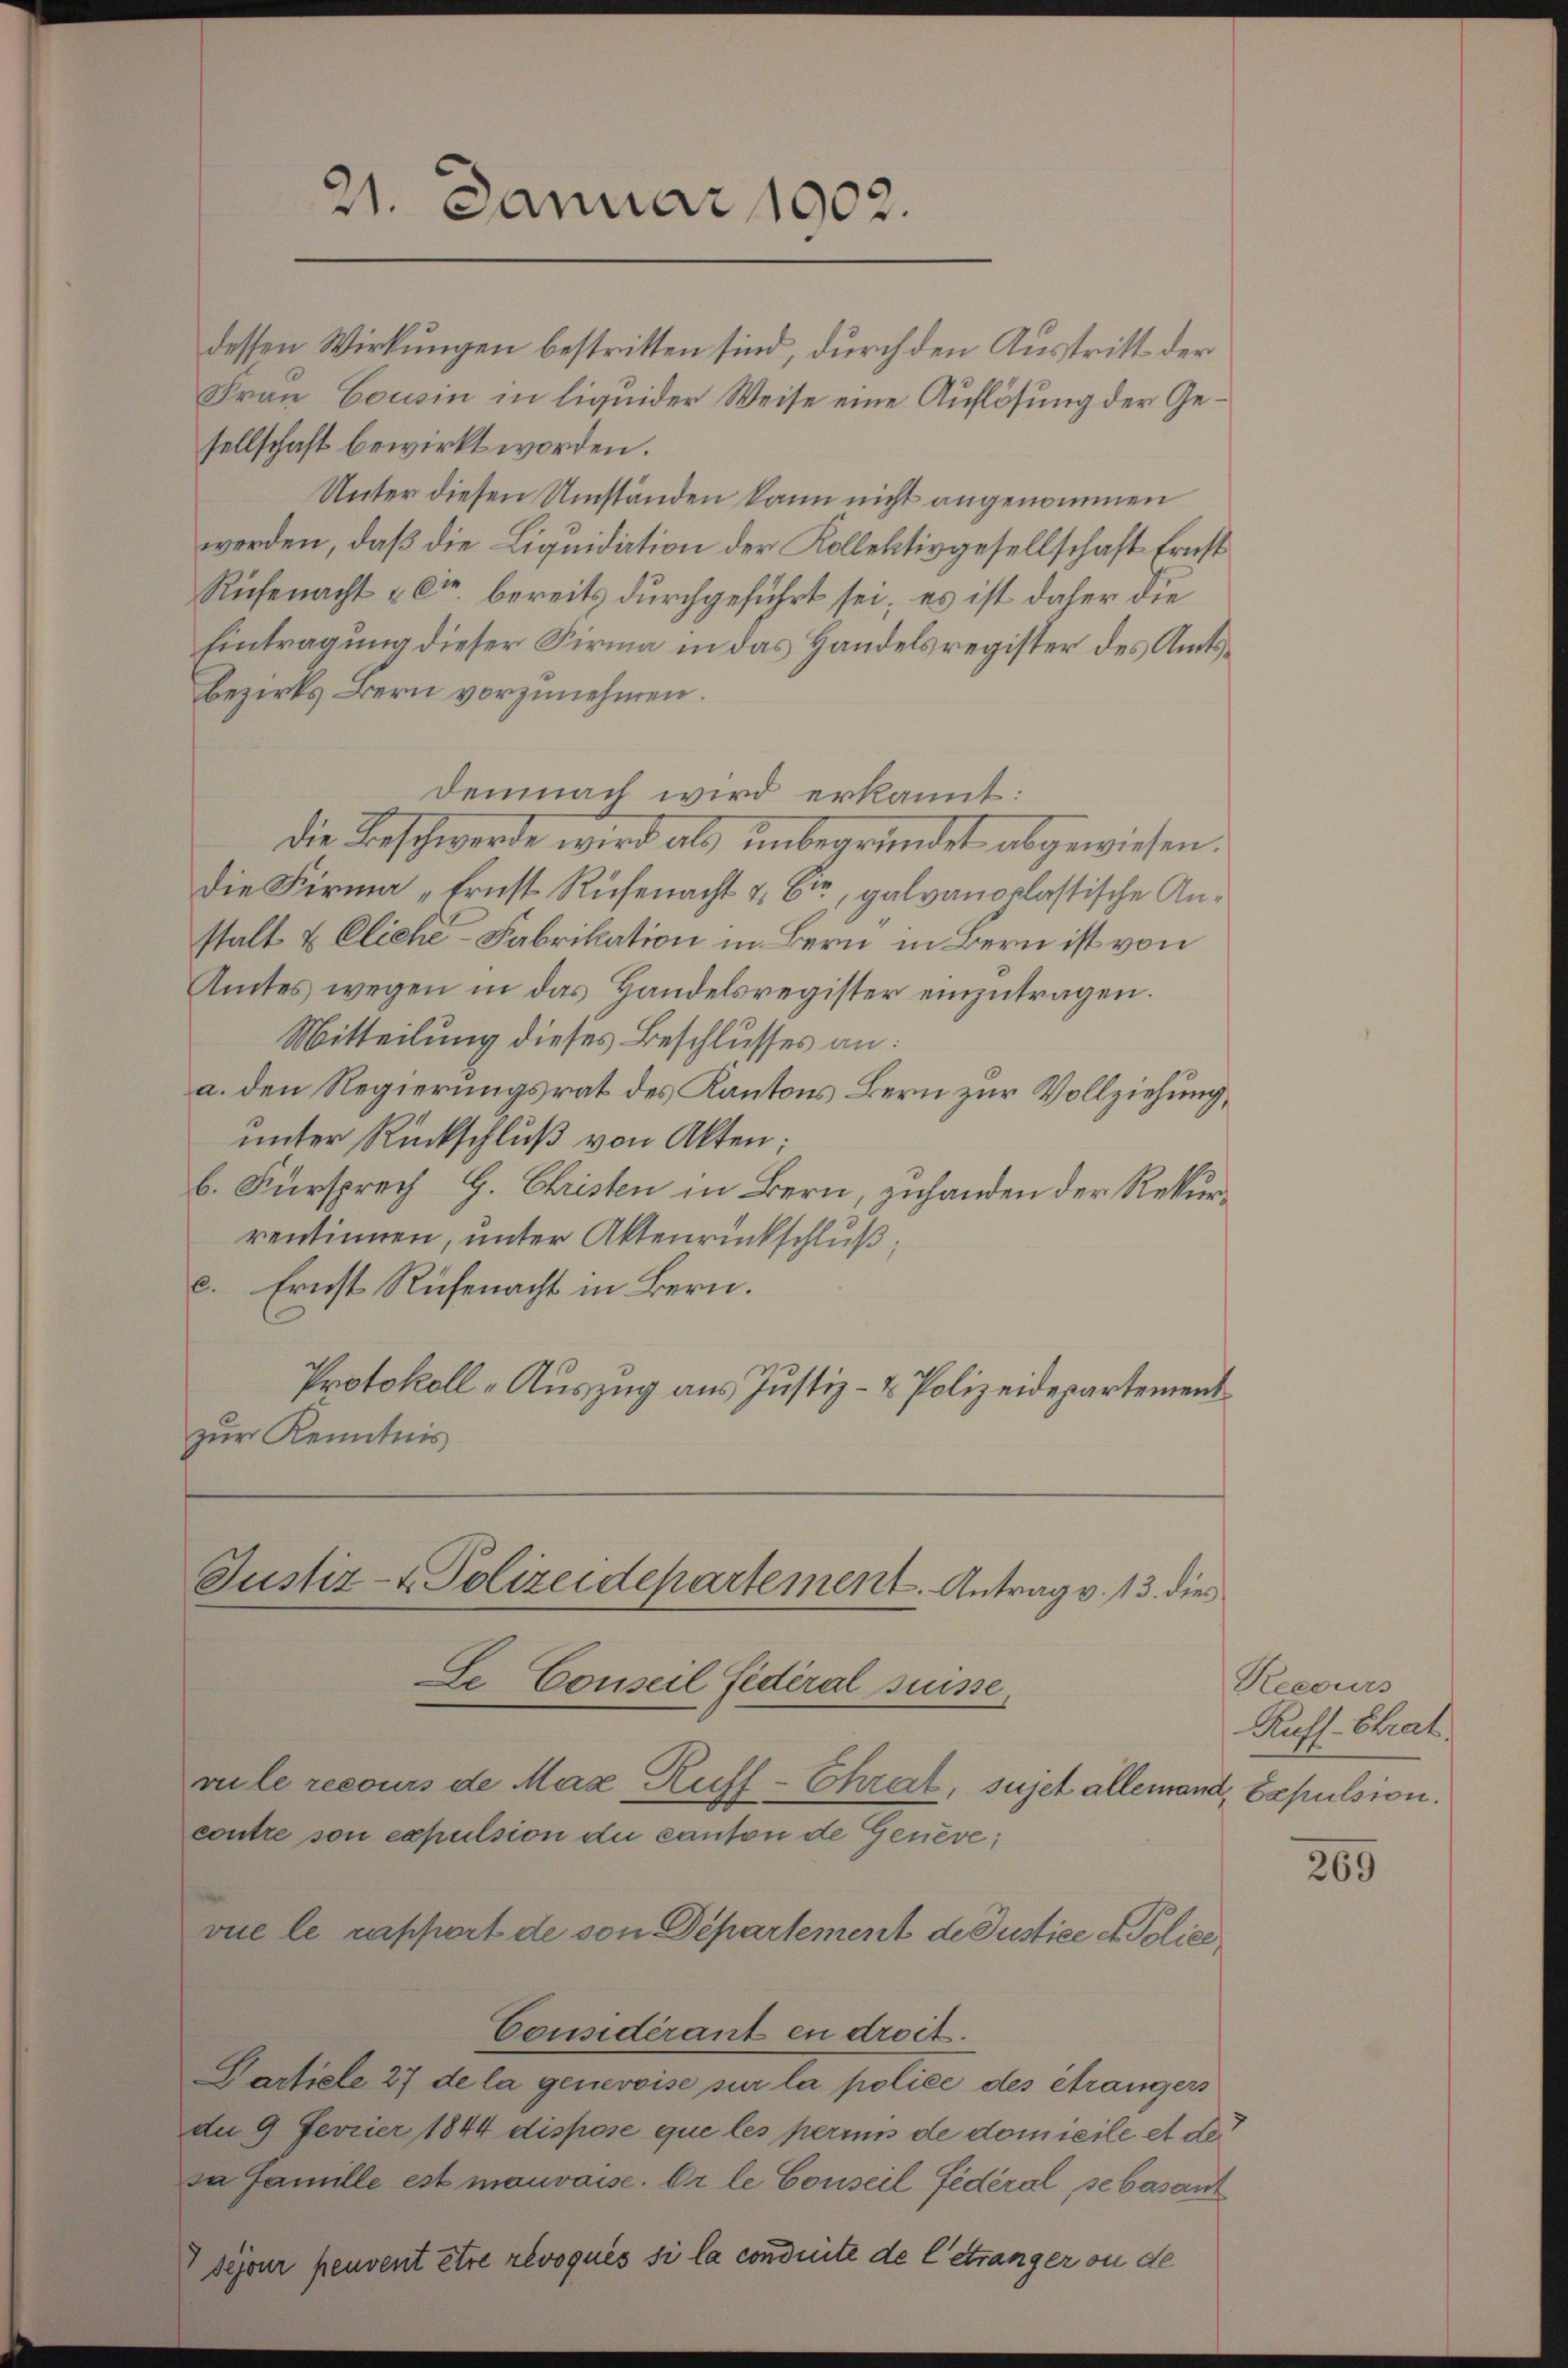
21. Januar 1902.

dessen Wirkungen bestritten sind, durch den Austritt der
Frau Cousin in liquider Weise eine Auflösung der Gesellschaft bewirkt worden.
Unter diesen Umständen kann nicht angenommen
werden, daß die Liquidation der Kollektivgesellschaft Ernst
Rüfenacht & Cie bereits durchgeführt sei; es ist daher die
Eintragung dieser Firma in das Handelsregister des Amtsbezirks Bern vorzunehmen.
demnach wird erkannt:
Die Beschwerde wird als unbegründet abgewiesen.
die Firma „Ernst Rüfenacht & Cie, galvanoplastische Anstalt & Eliche-Fabrikation in Bern in Bern ist von
Amtes wegen in das Handelsregister einzŭtragen.
Mitteilung dieses Beschlusses an:
a. den Regierungsrat des Kantons Bern zur Vollziehung,
unter Rückschluß von Akten:
b. Fürsprech G. Christen in Bern, zuhanden der Rekurrentinnen, unter Aktenrückschluß
c. Ernst Rüfenacht in Bern.
Protokoll-Auszug aus Justiz- & Polizeidepartement
zur Kenntnis
Justiz- & Polizeidepartement. Antrag v. 13. dies
Se Conseil Federal Suisse,
rule recours de Max Ruff-Chrat, sujet allemand, Expulsion.
contre son expulsion du canton de Geneve;
vue le rapport de von Departement de Justice et Police
Considérant en droit.
Partiele 27 de la genevoise sur la police des étrangers
dn 9 Ferrier 1844 dispose que les perims de domicile et de
zu Famille est mauvaise. Er le Conseil fédéral, se basant

Sejour peuvent être révoqués si la conduite de letranger ou de

Recours
Kufs-Chrat.

269